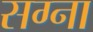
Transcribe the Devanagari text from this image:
सग्ना